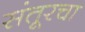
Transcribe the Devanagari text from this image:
संतूरचा